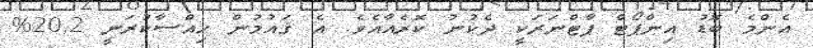
އެންމެ ބޮޑު އިންޕޯޓް ޕާޓްނަރަކީ ދެކުނު ކޮރެއާއެވެ. އެ ޤައުމުން ހިއްސާކުރަނީ 20.2%